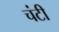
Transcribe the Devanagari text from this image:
चंटी